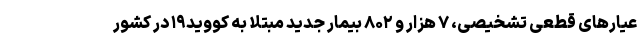
عیارهای قطعی تشخیصی، ۷ هزار و ۸۰۲ بیمار جدید مبتلا به کووید۱۹ در کشور